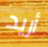
أريد